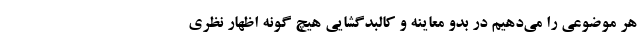
هر موضوعی را می‌دهیم در بدو معاینه و کالبدگشایی هیچ گونه اظهار نظری